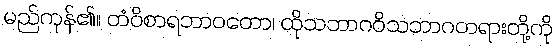
မည်ကုန်၏။ တံဝိစာရဘာဝတော၊ ထိုသဘာဂဝိသဘာဂတရားတို့ကို